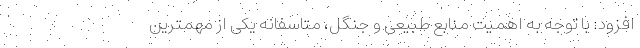
افزود: با توجه به اهمیت منابع طبیعی و جنگل، متاسفانه یکی از مهمترین